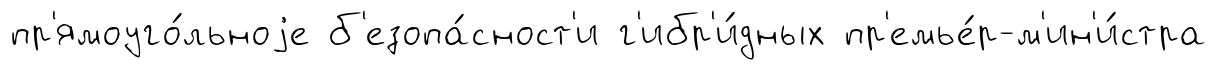
пр'ямоуго́льноjе б'езопа́сност'и г'ибр'и́дных пр'емье́р-м'ин'и́стра